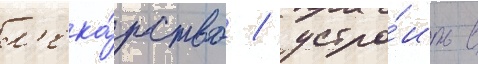
л'ека́рство / устро́ить в